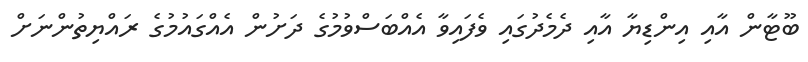
ބޫޓާން އާއި އިންޑިޔާ އާއި ދެމެދުގައި ވެފައިވާ އެއްބަސްވުމުގެ ދަށުން އެއްގައުމުގެ ރައްޔިތުންނަށް